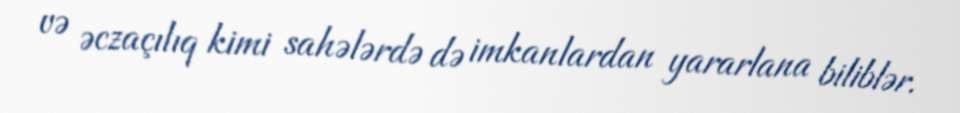
və əczaçılıq kimi sahələrdə də imkanlardan yararlana biliblər.